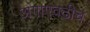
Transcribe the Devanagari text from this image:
अंगाएवढीच